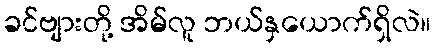
ခင်ဗျားတို့ အိမ်လူ ဘယ်နှယောက်ရှိလဲ။